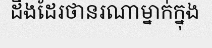
ដឹងដែរថានរណាម្នាក់ក្នុង